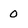
Character: 0